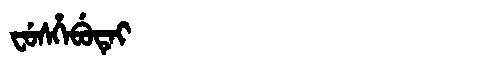
Manchu: ᠸᡠᠰᡥᡝᠪᡠᡨᡝᡳ
Romanization: FUSHEBUTEI